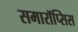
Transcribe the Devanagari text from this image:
समारॉप्सिस